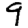
Digit: 9